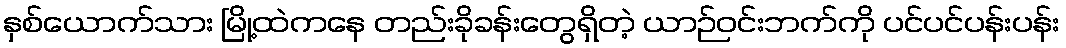
နှစ်ယောက်သား မြို့ထဲကနေ တည်းခိုခန်းတွေရှိတဲ့ ယာဉ်ဝင်းဘက်ကို ပင်ပင်ပန်းပန်း